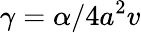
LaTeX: \gamma={\alpha}/{4a^{2}v}